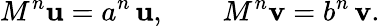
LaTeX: M^{n}\mathbf{u}=a^{n}\, \mathbf{u},\qquad M^{n}\mathbf{v}=b^{n}\, \mathbf{v}.